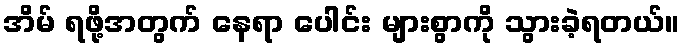
အိမ် ရဖို့အတွက် နေရာ ပေါင်း များစွာကို သွားခဲ့ရတယ်။